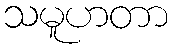
သမူဟတာ